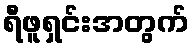
ရီဖူရှင်းအတွက်